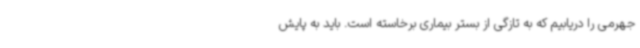
جهرمی را دریابیم که به تازگی از بستر بیماری برخاسته است. باید به پایش